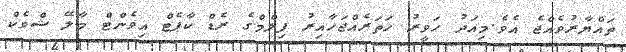
ތައްޔާރުވެއްޖެ އެވެ.މިއަދު ހަވީރު ހަތަރެއްޖަހާއިރު ފިލްމްގެ ރެޑް ކާޕެޓް އިވެންޓް މާލޭ ޝްވެކް